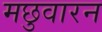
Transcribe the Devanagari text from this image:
मछुवारन